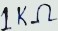
Text: 1KΩ